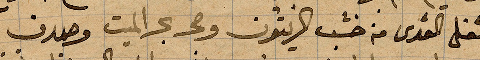
شغل القدس من خشب الزيتون وحجر بحر الميت وصدف